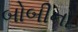
બોબીનો